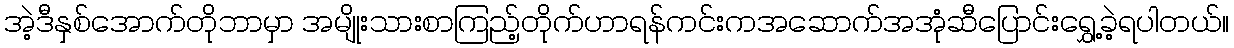
အဲ့ဒီနှစ်အောက်တိုဘာမှာ အမျိုးသားစာကြည့်တိုက်ဟာရန်ကင်းကအဆောက်အအုံဆီပြောင်းရွှေ့ခဲ့ရပါတယ်။